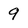
Character: 9